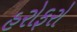
હરોફરો